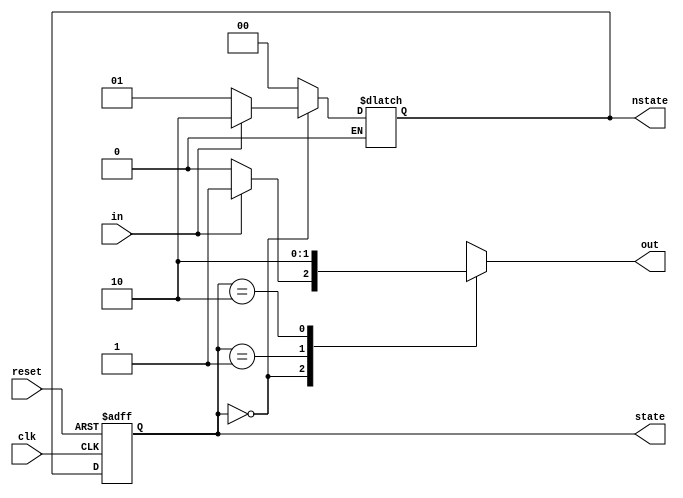
module NRZ2Man (out, in, clk, reset, state, nstate);
  output reg out;
  input      in;
  input      clk, reset;
  output reg [1:0]  state, nstate;

  parameter       s0 = 0;
  parameter       s1 = 1;
  parameter       s2 = 2;
  parameter       s3 = 3;           // Idle state
  parameter dc_state = 2'bx;
  parameter   dc_out = 1'bx;

  always @ (negedge clk or negedge reset)
    begin
      if (reset == 0) state <= s3;  // Idle state
      else            state <= nstate;
    end

  always @ (*)
    begin
      out = 0;
      case(state)
	s3:    //Idle state
          begin
	    nstate = s0;
	    out = 1'bx;
	  end
	s0:
	  begin
	    if (in == 0)
	      begin
	        nstate = s1;
	      end
	    else if (in == 1) 
	      begin
		nstate = s2;
		out    = 1;
	      end
	  end
  	s1:
	  begin
	    nstate = s0;
	    out    = 1;
	  end
	s2:
	  begin
	    nstate = s0;
	  end
	default:
	  begin
	    nstate = dc_state;
	    out    = dc_out;
	  end
      endcase
    end
endmodule